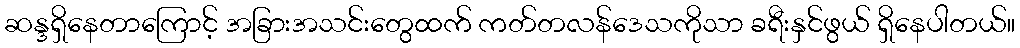
ဆန္ဒရှိနေတာကြောင့် အခြားအသင်းတွေထက် ကတ်တလန်ဒေသကိုသာ ခရီးနှင်ဖွယ် ရှိနေပါတယ်။